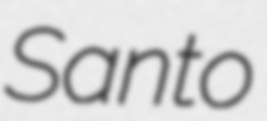
Santo